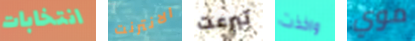
انتخابات الانترنت تبرعت واخذت موي